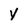
Character: y